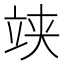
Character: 𥩺